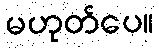
မဟုတ်ပေ။